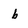
Character: b